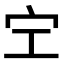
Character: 𡧇